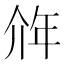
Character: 𰏥